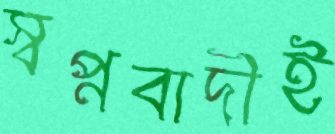
স্বপ্নবাদীই